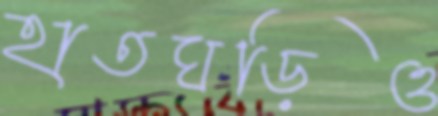
হাতঘড়িও